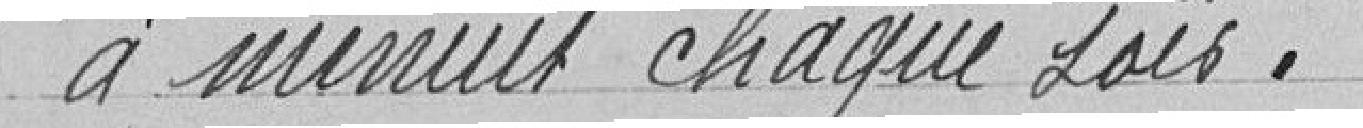
à minuit chaque soir.